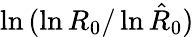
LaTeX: \ln{(\ln{R_{0}}/\ln{\hat{R}_{0}})}